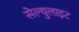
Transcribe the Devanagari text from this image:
सेल्युलाइट